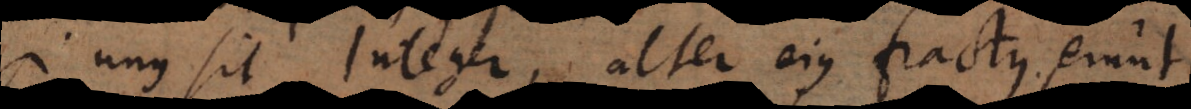
Si unus sit integer, alter ejus fractus, erunt